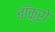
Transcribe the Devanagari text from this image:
बाँकुरो